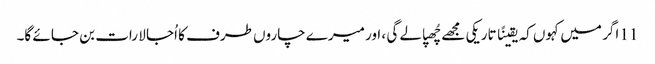
11 اگر میں کہوں کہ یقینًا تاریکی مجھے چُھپا لے گی ، اور میرے چاروں طرف کا اُجا لا رات بن جا ئے گا۔